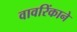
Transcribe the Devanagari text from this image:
वावरिंकाने